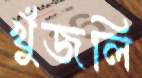
খুঁজলি